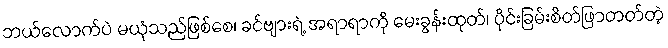
ဘယ်လောက်ပဲ မယုံသည်ဖြစ်စေ၊ ခင်ဗျားရဲ့ အရာရာကို မေးခွန်းထုတ်၊ ပိုင်းခြမ်းစိတ်ဖြာတတ်တဲ့